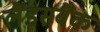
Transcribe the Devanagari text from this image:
लैंडसबैंक